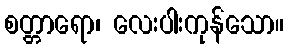
စတ္တာရော၊ လေးပါးကုန်သော။